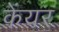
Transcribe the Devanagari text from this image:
केंयर